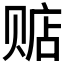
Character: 𲃂